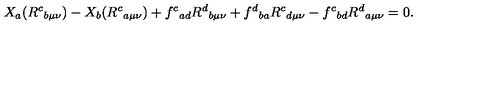
X _ { a } ( R ^ { c } { } _ { b \mu \nu } ) - X _ { b } ( R ^ { c } { } _ { a \mu \nu } ) + f ^ { c } { } _ { a d } R ^ { d } { } _ { b \mu \nu } + f ^ { d } { } _ { b a } R ^ { c } { } _ { d \mu \nu } - f ^ { c } { } _ { b d } R ^ { d } { } _ { a \mu \nu } = 0 .